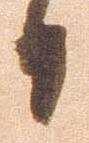
日